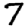
Digit: 7